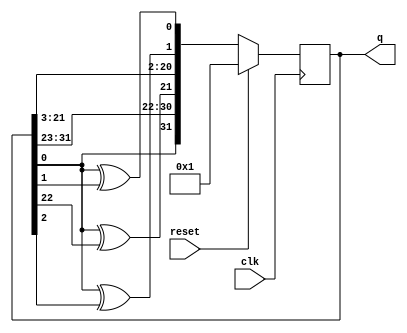
module top_module(
    input clk,
    input reset,    // Active-high synchronous reset to 32'h1
    output [31:0] q
); 
    wire q32,q22,q2,q1;
    assign q32=q[0]^1'b0;
    assign q22=q[0]^q[22];
    assign q2 =q[0]^q[2];
    assign q1 =q[0]^q[1];
    
    always @(posedge clk) begin
        if(reset)  q<=32'h1;
        else       q<={q32,q[31:23],q22,q[21:3],q2,q1};
    end
        

endmodule